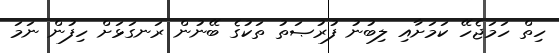
ހިތް ހަމަޖެހޭ ކަމަށާއި ލިބުނު ފުރުޞަތު ތަކުގެ ބޭނުން ރަނގަޅަށް ހިފުން ނަމަ